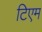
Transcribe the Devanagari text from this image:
टिएम